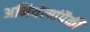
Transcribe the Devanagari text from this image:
अभियंत्यांपैकी